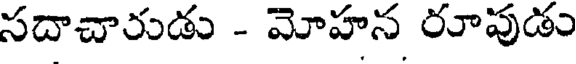
సదాచారుడు - మోహన రూపుడం